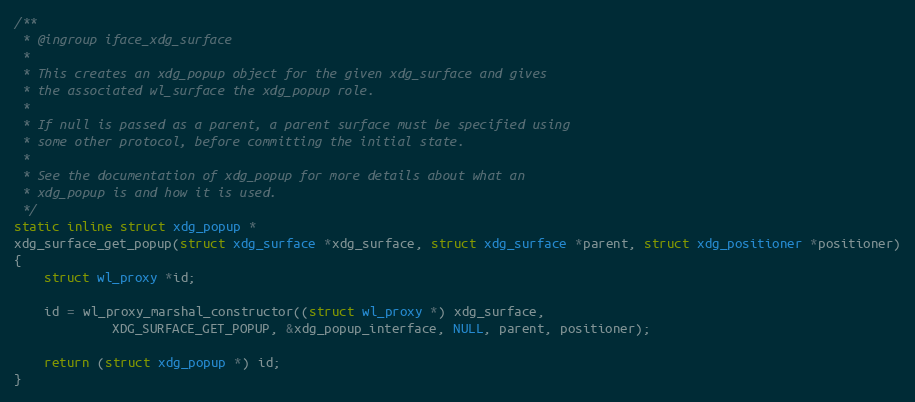
Language: C
/**
 * @ingroup iface_xdg_surface
 *
 * This creates an xdg_popup object for the given xdg_surface and gives
 * the associated wl_surface the xdg_popup role.
 *
 * If null is passed as a parent, a parent surface must be specified using
 * some other protocol, before committing the initial state.
 *
 * See the documentation of xdg_popup for more details about what an
 * xdg_popup is and how it is used.
 */
static inline struct xdg_popup *
xdg_surface_get_popup(struct xdg_surface *xdg_surface, struct xdg_surface *parent, struct xdg_positioner *positioner)
{
	struct wl_proxy *id;

	id = wl_proxy_marshal_constructor((struct wl_proxy *) xdg_surface,
			 XDG_SURFACE_GET_POPUP, &xdg_popup_interface, NULL, parent, positioner);

	return (struct xdg_popup *) id;
}